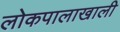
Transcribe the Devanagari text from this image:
लोकपालाखाली